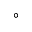
^ { \circ }